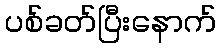
ပစ်ခတ်ပြီးနောက်